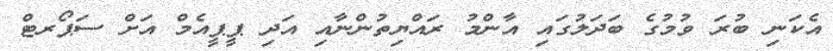
އެކަނި ބުރަ ވުމުގެ ބަދަލުގައި އާންމު ރައްޔިތުންނާއި އަދި ޕީޕީއެމް އަށް ސަޕޯރޓް